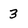
Character: 3